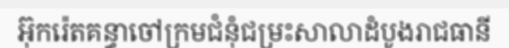
អ៊ុករ៉េតគន្ធាចៅក្រមជំនុំជម្រះសាលាដំបូងរាជធានី